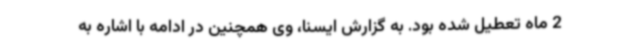
2 ماه تعطیل شده بود. به گزارش ایسنا، وی همچنین در ادامه با اشاره به